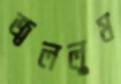
জ্বললুম